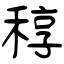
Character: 稕